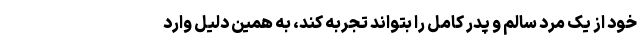
خود از یک مرد سالم و پدر کامل را بتواند تجربه کند، به همین دلیل وارد